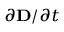
\scriptstyle \partial \mathbf { D } / \partial t